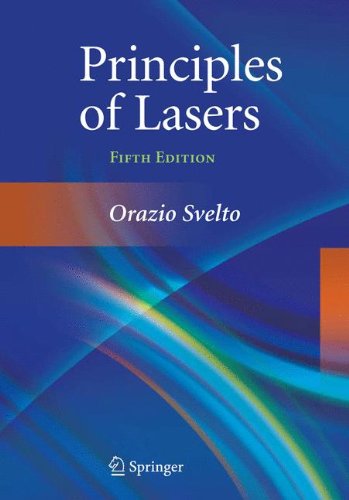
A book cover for Principles of Lasers; Orazio Svelto; Science & Math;